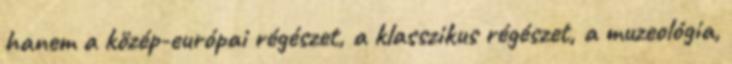
hanem a közép-európai régészet, a klasszikus régészet, a muzeológia,